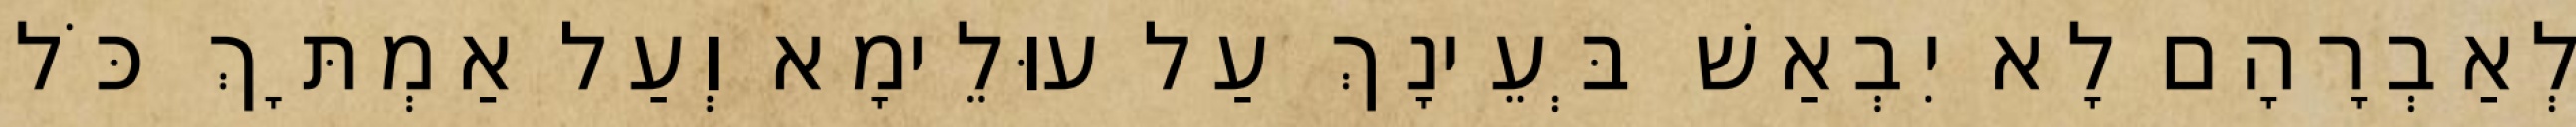
לְאַבְרָהָם לָא יִבְאַשׁ בְּעֵינָךְ עַל עוּלֵימָא וְעַל אַמְתָּךְ כֹּל